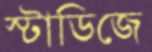
স্টাডিজে